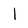
Character: l